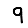
Digit: 9